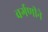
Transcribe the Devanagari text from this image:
वर्गणीने